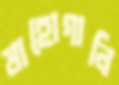
মাহোগানি